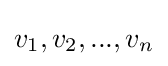
v_{1},v_{2},...,v_{n}